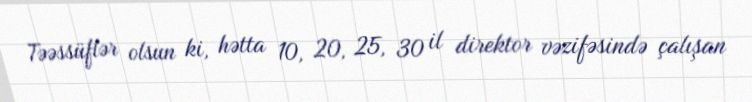
Təəssüflər olsun ki, hətta 10, 20, 25, 30 il direktor vəzifəsində çalışan